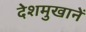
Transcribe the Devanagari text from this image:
देशमुखानें